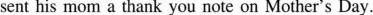
sent his mom a thank you note on Mother's Day.